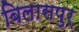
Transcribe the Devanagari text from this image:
बिलासपुर्